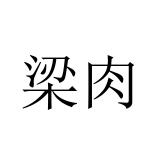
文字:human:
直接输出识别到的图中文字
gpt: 梁肉